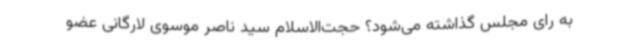
به رای مجلس گذاشته می‌شود؟ حجت‌الاسلام سید ناصر موسوی لارگانی عضو